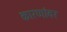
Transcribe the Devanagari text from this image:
कारणांवर